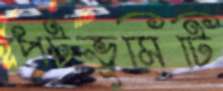
পটভূমিটি